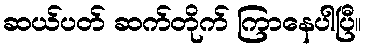
ဆယ်ပတ် ဆက်တိုက် ကြာနေပါပြီ။